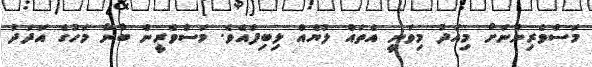
މަސްވެރިންނަށް މިއަދު މިވަނީ އެތައް ލުޔެއް ލިބިފައެވެ. މަސްވެރީން ބާނާ މަހުގެ އަދަދު